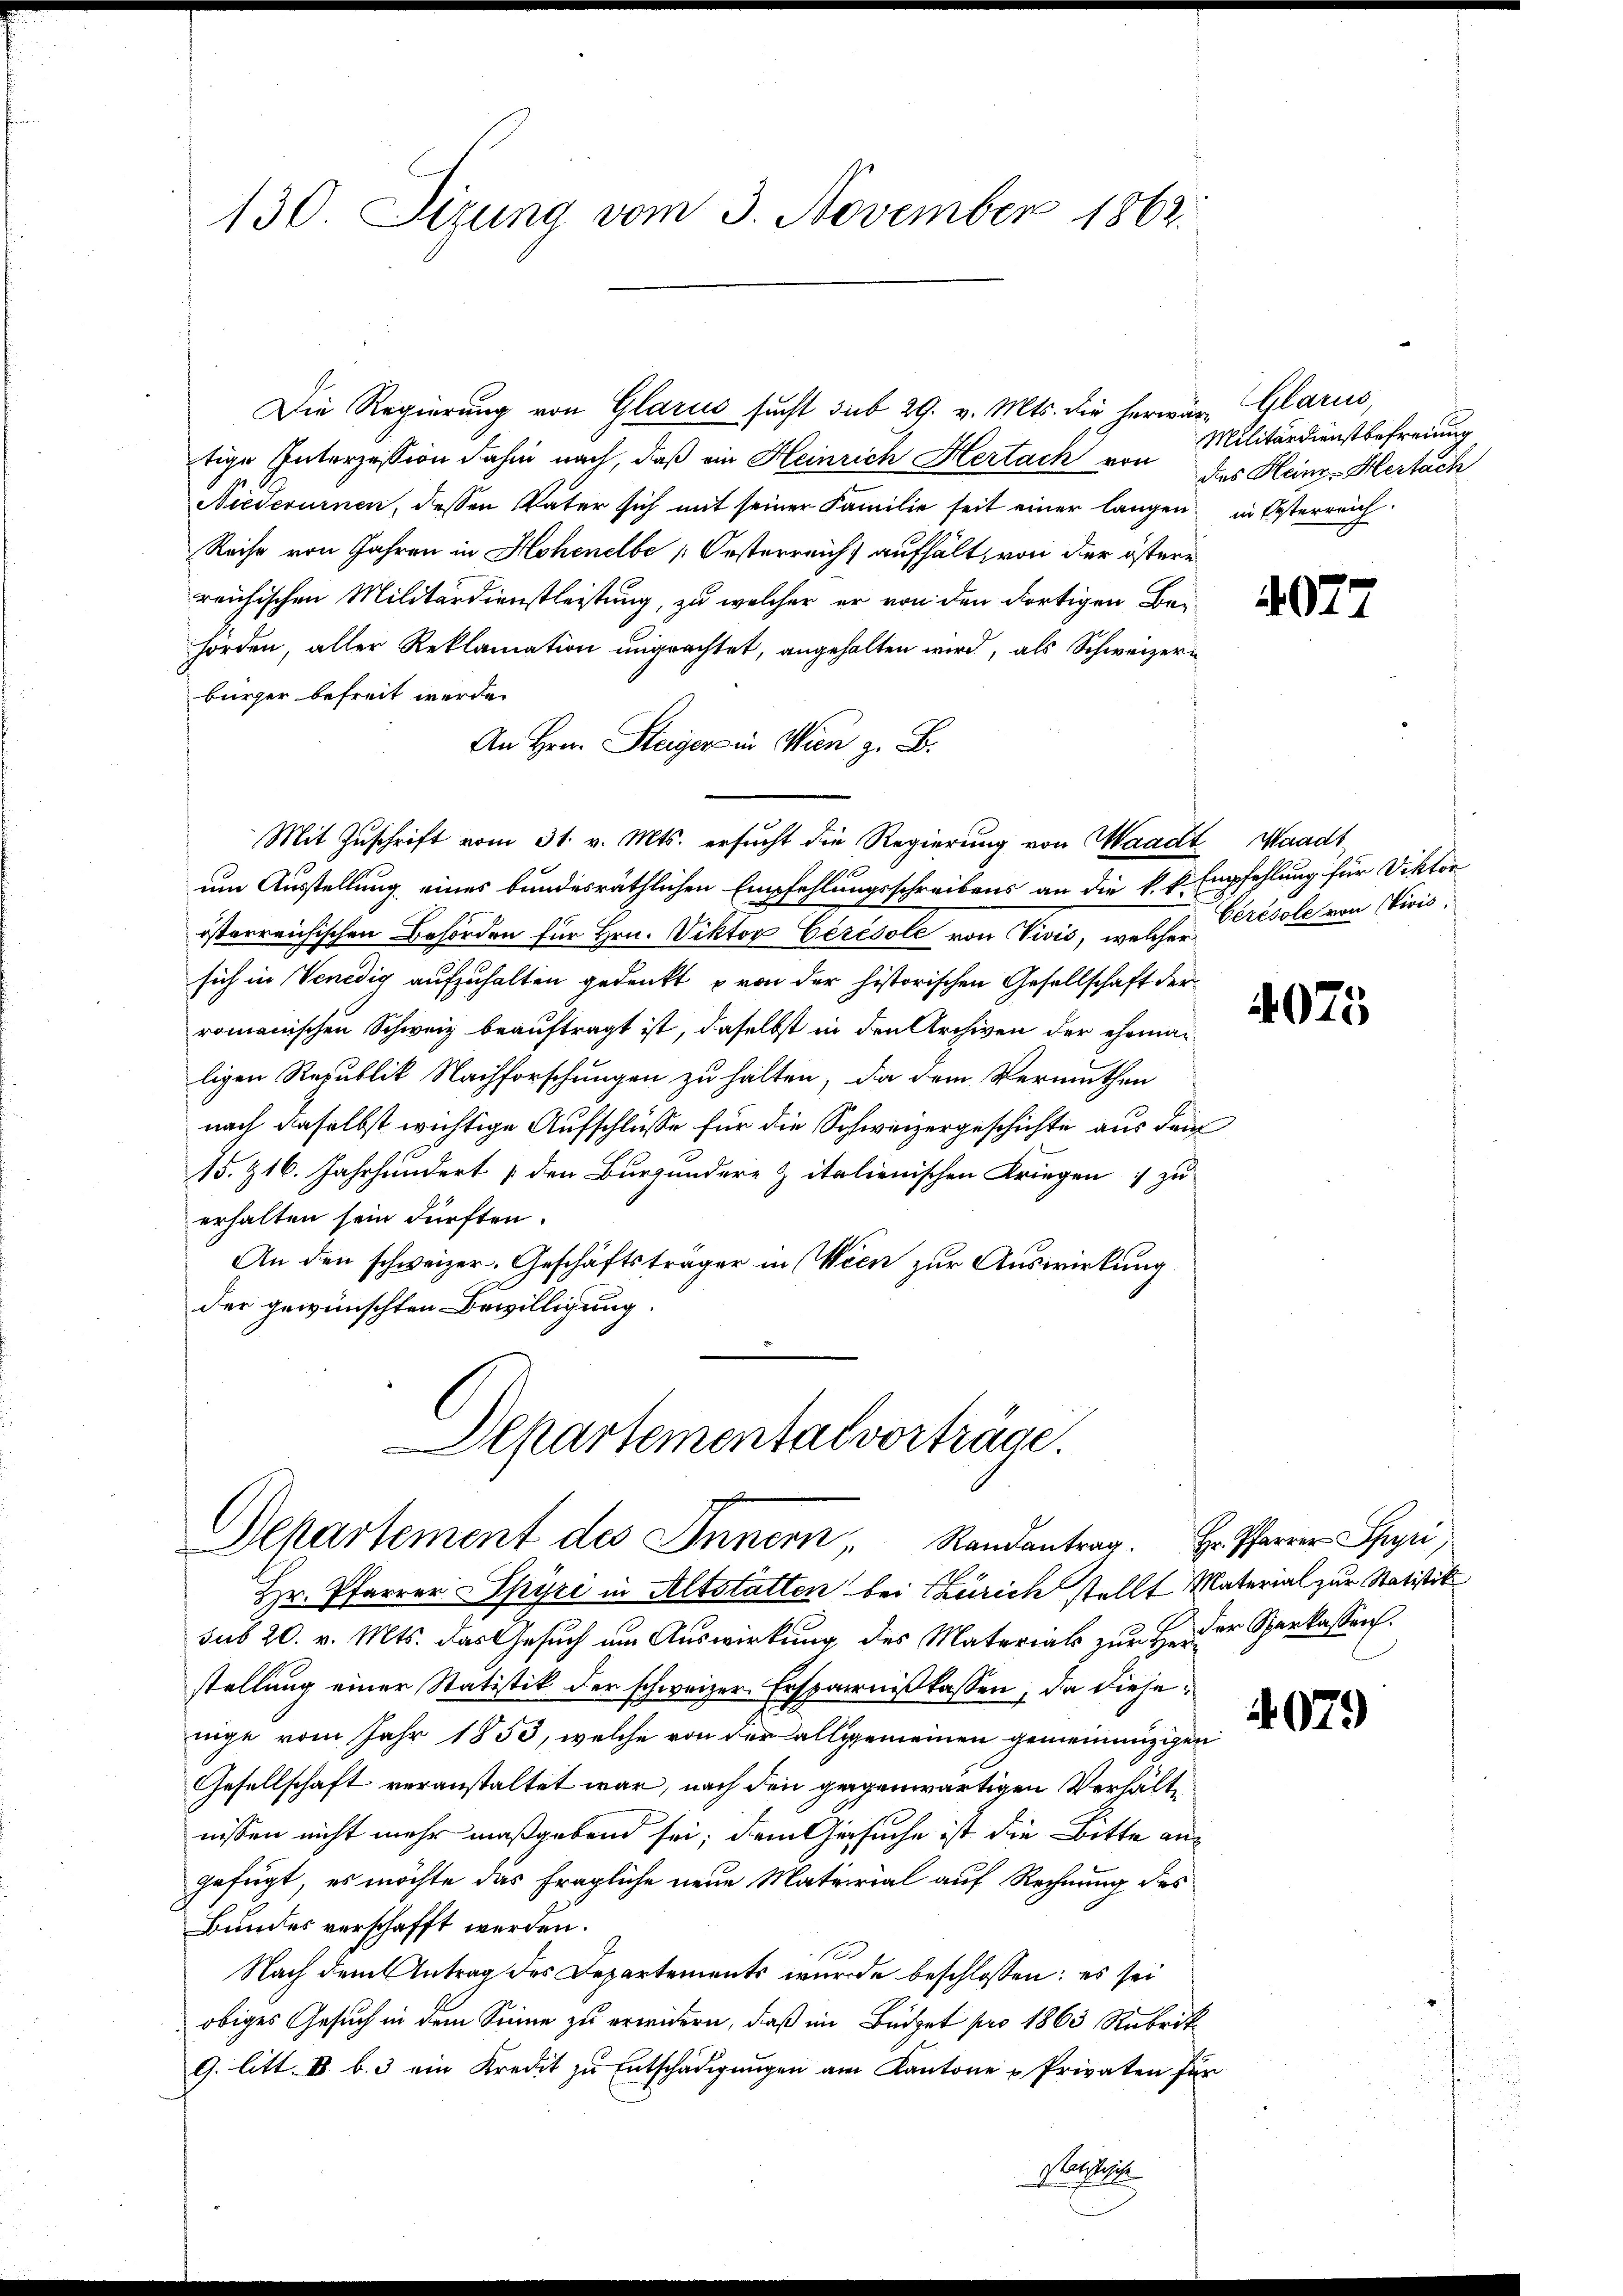
130. Sizung vom 3. November 1862.

Die Regierung von Glarus sucht sub 29. v. Mts. die herwär, Glarus,
tige Interzession dahin nach, daß ein Heinrich Hertack von des Heinz-Hertach
Niederurnen, dessen Vater sich mit seiner Familie seit einer langen in Oesterreich.
Reise von Jahren in Hohenelbe (Oesterreich aufhält, von der östere
reichischen Militärdienstleistung, zu welcher er von den dortigen Behörden, aller Reklamation ungeachtet, angehalten wird, als Schweizerbürger befreit werde.
An Hrn. Steiger in Wien z. B.
Mit Zuschrift vom 31. v. Mts. ersucht die Regierung von Waadt, Waadt
um Ausstellung eines bundesräthlichen Empfehlungsschreibens an die k. k. Empfehlung für Viktor
österreichischen Behörden für Hrn. Viktor Cérésole von Vivić, welche Présole von Vicis.
sich in Venedig aufzuhalten gedenkt von der historischen Gesellschaft der
romanischen Schweiz beauftragt ist, daselbst in den Archiven der ehemaligen Republik Nachforschungen zu halten, da dem Vermuthen
nach daselbst wichtige Aufschlüsse für die Schweizergeschichte aus dem
15. & 16. Jahrhundert den Burgundere & italienischen Kriegen :/ zu
erhalten sein dürften.
An den schweizer. Geschäftsträger in Wien zur Auswirkung
der gewünschten Bewilligung.

Departemental vorträge.
Departement des Innern, Randantrag. Hr. Pfarrer Spyri

Hr. Pfarrer Spyri in Altstatten bei Zürich stellt Material zur Statistik
sub 20. v. Mts. das Gesuch um Auswirkung des Materials zur Her der Sparkassen.
stellung einer Statistik der schweizer. Ersparniß kassen, da diesenige vom Jahr 1853, welche von der allgemeinen gemeinenzigen
Gesellschaft veranstaltet war, nach den gegenwärtigen Verhältnissen nicht mehr maßgebend sei; dem Gesuche ist die Bitte angefügt, es möchte das fragliche neue Material auf Rechnung des
Bundes verschafft werden.
Nach dem Antrag des Departements wurde beschlossen: es sei
obiges Gesuch in dem Sinne zu erwidern, daß im Büdget pro 1863 Rubrik
9. litt. I. b. 3 ein Kredit zŭ Entschädigŭngen am Kantone u Privaten für
Forstehe

Militärdienstbefreiung

4077

4075

4079